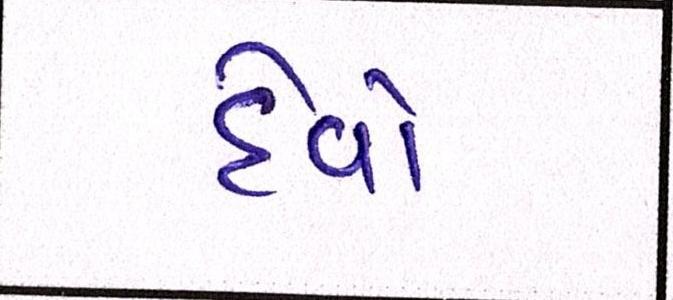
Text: દેવો